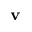
\mathbf { v }